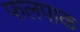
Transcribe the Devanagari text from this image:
फलपाक